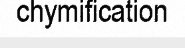
chymification